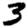
Digit: 3